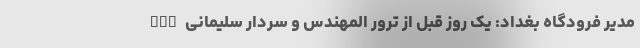
nan مدیر فرودگاه بغداد: یک روز قبل از ترور المهندس و سردار سلیمانی